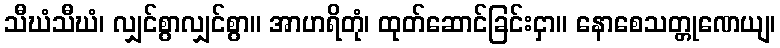
သီဃံသီဃံ၊ လျှင်စွာလျှင်စွာ။ အာဟရိတုံ၊ ထုတ်ဆောင်ခြင်းငှာ။ နောစေသတ္တုဏေယျ၊